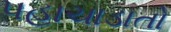
પહાચાડાતો